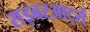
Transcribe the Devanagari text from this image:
सइबरआर्ट्स